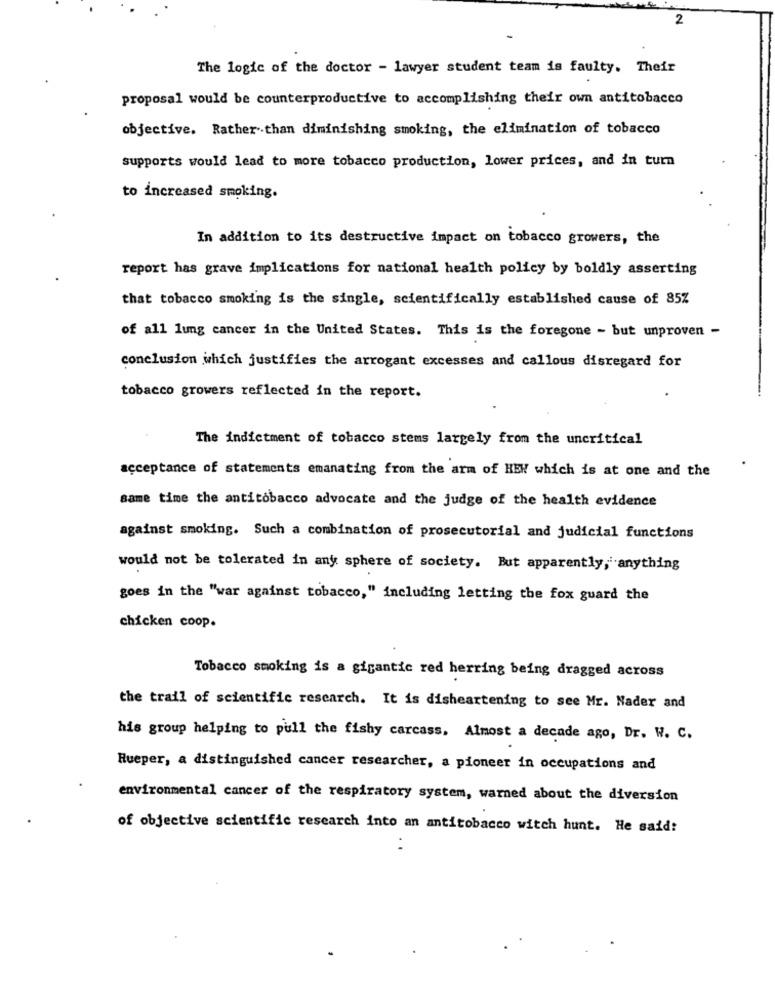
2
The logic of the doctor - lawyer student team is faulty. Their
proposal would be counterproductive to accomplishing their own antitobacco
objective. Rather than diminishing smoking, the elimination of tobacco
supports would lead to more tobacco production, lower prices, and in turn
to increased smoking.
In addition to its destructive impact on tobacco growers, the
report has grave implications for national health policy by boldly asserting
that tobacco smoking is the single, scientifically established cause of 85%
of all lung cancer in the United States. This is the foregone - but unproven -
conclusion which justifies the arrogant excesses and callous disregard for
tobacco growers reflected in the report.
The indictment of tobacco stems largely from the uncritical
acceptance of statements emanating from the arm of HEW which is at one and the
same time the antitobacco advocate and the judge of the health evidence
against smoking. Such a combination of prosecutorial and judicial functions
would not be tolerated in any sphere of society. But apparently, anything
goes in the "war against tobacco," including letting the fox guard the
chicken coop.
Tobacco smoking is a gigantic red herring being dragged across
the trail of scientific research. It is disheartening to see Mr. Nader and
his group helping to pull the fishy carcass, Almost a decade ago, Dr. W. C.
Rueper, a distinguished cancer researcher, a pioneer in occupations and
environmental cancer of the respiratory system, warned about the diversion
of objective scientific research into an antitobacco witch hunt. He said: